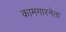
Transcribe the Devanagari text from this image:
कामगारनेता